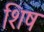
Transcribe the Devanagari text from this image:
शिष